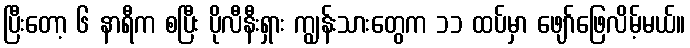
ပြီးတော့ ၆ နာရီက စပြီး ပိုလီနီးရှား ကျွန်းသားတွေက ၁၁ ထပ်မှာ ဖျော်ဖြေလိမ့်မယ်။